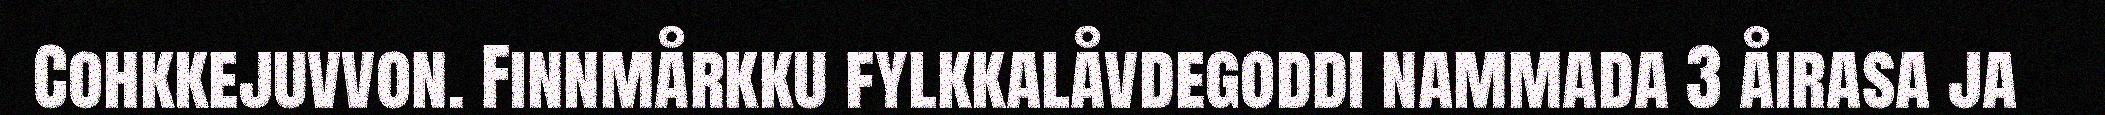
Cohkkejuvvon. Finnmårkku fylkkalåvdegoddi nammada 3 åirasa ja